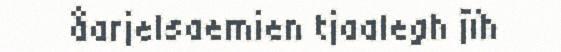
åarjelsaemien tjaalegh jïh